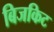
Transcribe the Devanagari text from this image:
बिजकिट